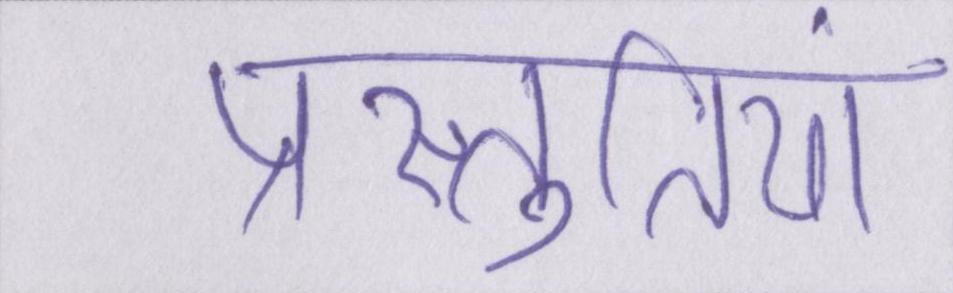
प्रस्तुतियां